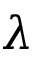
\lambda